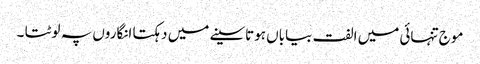
موج تنہائی میں الفت بیاباں ہوتاسینے میں دہکتا انگاروں پہ لوٹتا ۔